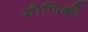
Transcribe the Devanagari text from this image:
भ्रौणिकी